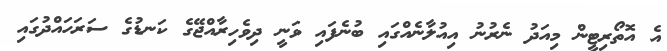
އެ އޮތޯރިޓީން މިއަދު ނެރުނު އިއުލާނެއްގައި ބުނެފައި ވަނީ ދިވެހިރާއްޖޭގެ ކަނޑުގެ ސަރަހައްދުގައި